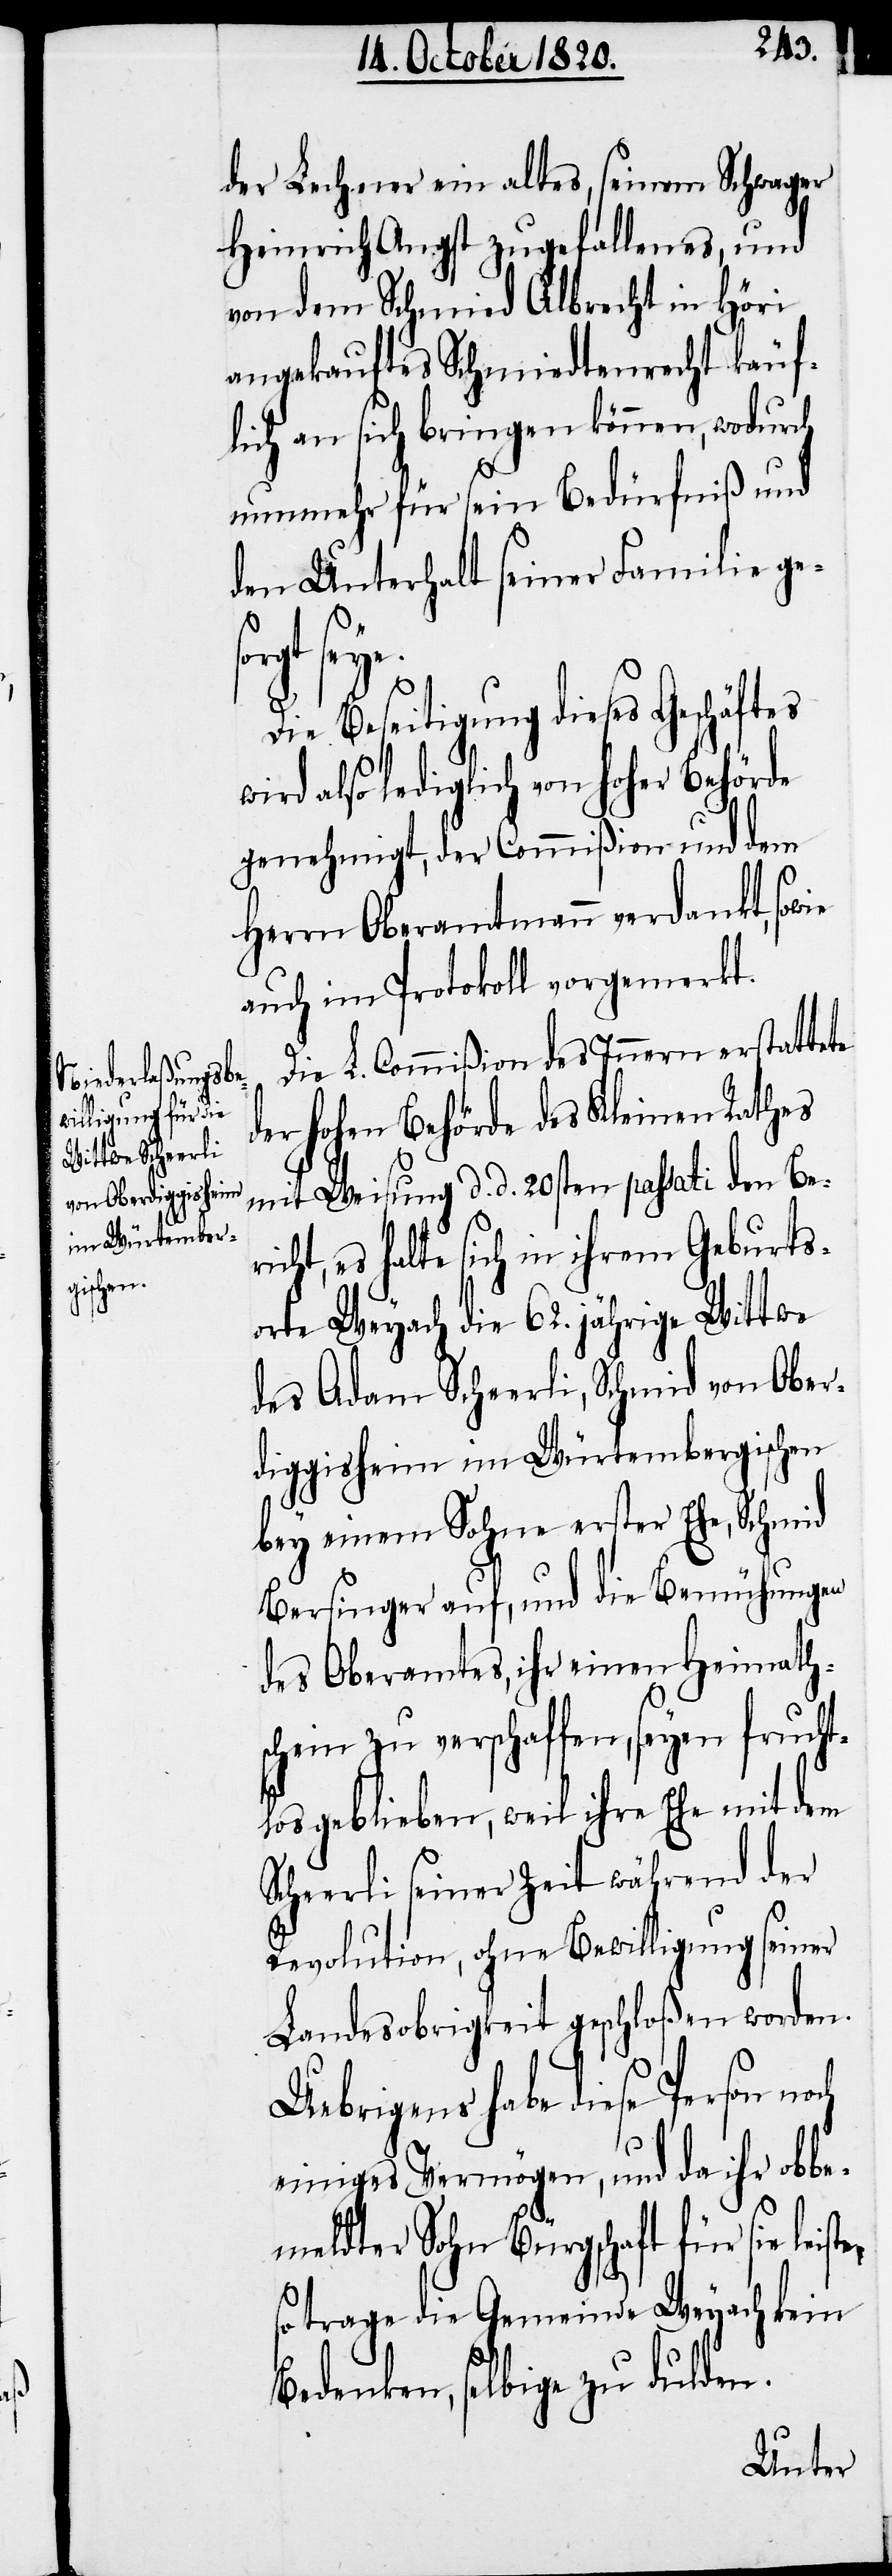
der Lechner ein altes, seinem Schwager
Heinrich Angst zugefallenes, und
von dem Schmied Albrecht in Höri
angekauftes Schmiedtenrecht käuf¬
lich an sich bringen können, wodurch
nunmehr für sein Bedürfniß und
den Unterhalt seiner Familie ge¬
leiste
Die Beseitigung dieses Geschäftes
wird also lediglich von hoher Behörde
genehmigt, der Commißion und dem
Herrn Oberamtmann verdankt, sowie
auch im Protokoll vorgemerkt.
Die L. Commißion des Innern erstattete
der hohen Behörde des Kleinen Rathes
mit Weisung d. d. 20sten passati den Beri¬
cht, es halte sich in ihrem Geburts¬
orte Weyach die 62. jährige Wittwe
des Adam Scheerli, Schmid von Ober¬
diggisheim im Würtembergischen
bey einem Sohne erster Ehe, Schmid
Bersinger auf, und die Bemühungen
des Oberamtes, ihr einen Heimath¬
schein zu verschaffen, seyen frucht¬
los geblieben, weil ihre Ehe mit dem
Scheerli seiner Zeit während der
Revolution, ohne Bewilligung seiner
Landesobrigkeit geschloßen worden.
Uebrigens habe diese Person
einiges Vermögen, und da ihr obbe¬
meldter Sohn Bürgschaft für sie
so trage die Gemeinde Weyach kein
Bedenken, selbige zu dulden.